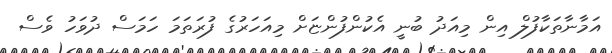
އަމާނާތަކާފުލް އިން މިއަދު ބުނީ އެކުންފުންޏަށް މިއަހަރުގެ ފުރަތަމަ ހަމަސް ދުވަހު ވެސް